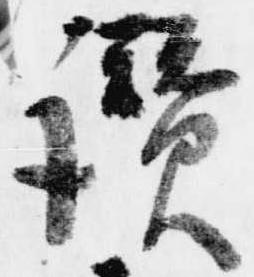
讃